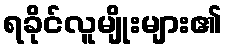
ရခိုင်လူမျိုးများ၏